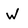
Character: w